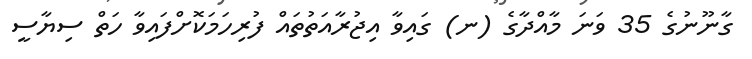
ގާނޫނުގެ 35 ވަނަ މާއްދާގެ (ނ) ގައިވާ އިޖުރާއަތުތައް ފުރިހަމަކޮށްފައިވާ ހަތް ސިޔާސީ